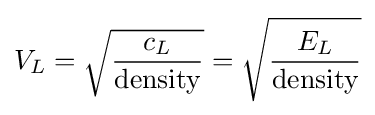
V_{L}={\sqrt {\frac {c_{L}}{\text{density}}}}={\sqrt {\frac {E_{L}}{\text{density}}}}